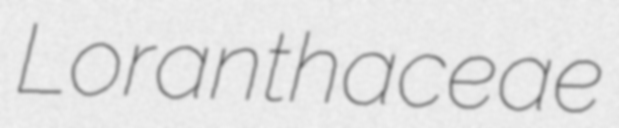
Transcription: Loranthaceae